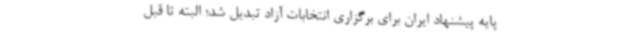
پایه پیشنهاد ایران برای برگزاری انتخابات آزاد تبدیل شد؛ البته تا قبل